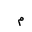
Letter: _mim